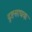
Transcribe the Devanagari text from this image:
दुष्टसाधक